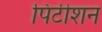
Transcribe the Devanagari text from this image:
पिटीशन